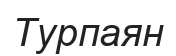
Турпаян